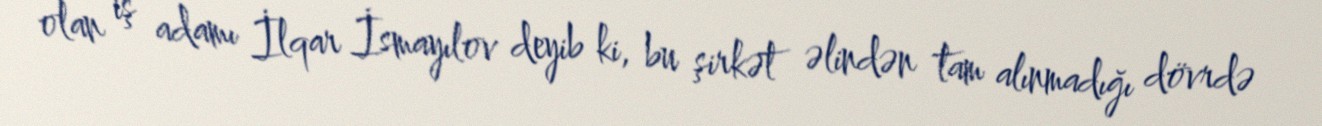
olan iş adamı İlqar İsmayılov deyib ki, bu şirkət əlindən tam alınmadığı dövrdə